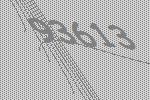
93613